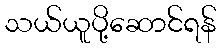
သယ်ယူပို့ဆောင်ရန်